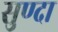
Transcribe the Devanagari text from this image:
सुण्दा